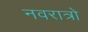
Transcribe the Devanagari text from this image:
नवरात्रो